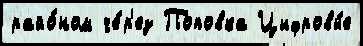
райо́ном че́р'ез Поповка Цифровы́е